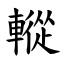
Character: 䡮